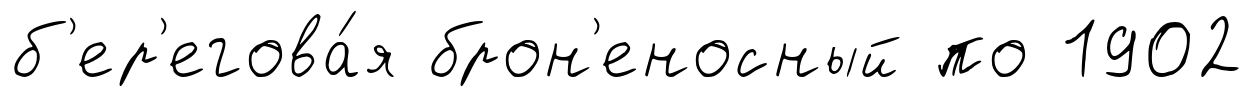
б'ер'егова́я брон'еносный по 1902